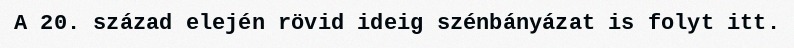
A 20. század elején rövid ideig szénbányázat is folyt itt.